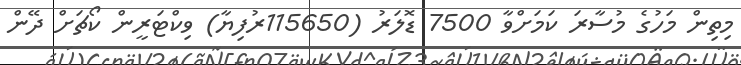
މިތިން މަހުގެ މުސާރަ ކަމަށްވާ 7500 ޑޮލަރު (115650ރުފިޔާ) ވިކްޓަރީން ކޯޗަށް ދޭން